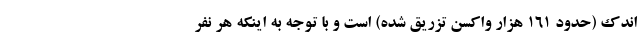
اندک (حدود ۱۶۱ هزار واکسن تزریق شده) است و با توجه به اینکه هر نفر